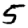
Digit: 5